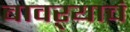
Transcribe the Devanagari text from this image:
बावऱ्याचं